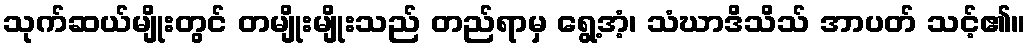
သုက်ဆယ်မျိုးတွင် တမျိုးမျိုးသည် တည်ရာမှ ရွေ့အံ့၊ သံဃာဒိသိသ် အာပတ် သင့်၏။